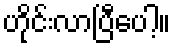
ဟိုင်းလာပြီပေါ့။